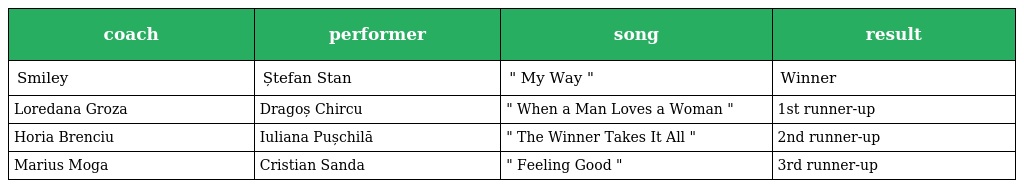
| coach | performer | song | result |
 | --- | --- | --- | --- |
 | Smiley | Ștefan Stan | " My Way " | Winner |
 | Loredana Groza | Dragoș Chircu | " When a Man Loves a Woman " | 1st runner-up |
 | Horia Brenciu | Iuliana Pușchilă | " The Winner Takes It All " | 2nd runner-up |
 | Marius Moga | Cristian Sanda | " Feeling Good " | 3rd runner-up |